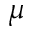
\mu